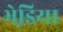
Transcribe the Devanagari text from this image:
भेडि़या